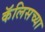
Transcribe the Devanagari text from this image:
कॅलिसच्या